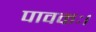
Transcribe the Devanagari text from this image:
पावकः।